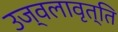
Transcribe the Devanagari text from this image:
उज्वलावृत्ति